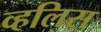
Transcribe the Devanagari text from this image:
व्हलिस